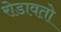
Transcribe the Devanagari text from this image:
रोडावतो